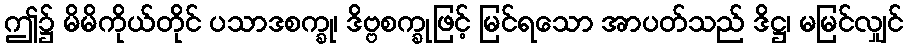
ဤ၌ မိမိကိုယ်တိုင် ပသာဒစက္ခု၊ ဒိဗ္ဗစက္ခုဖြင့် မြင်ရသော အာပတ်သည် ဒိဋ္ဌ၊ မမြင်လျှင်